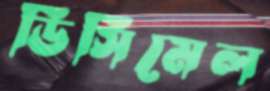
ডিসিমেল